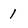
Character: 1